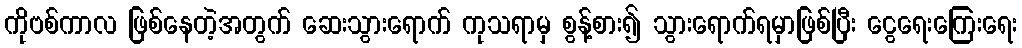
ကိုဗစ်ကာလ ဖြစ်နေတဲ့အတွက် ဆေးသွားရောက် ကုသရာမှ စွန့်စား၍ သွားရောက်ရမှာဖြစ်ပြီး ငွေရေးကြေးရေး